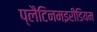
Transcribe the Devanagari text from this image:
प्लैटिनमइरीडियम